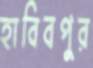
হাবিবপুর